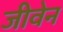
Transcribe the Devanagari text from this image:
जीवेन